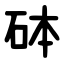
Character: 砵